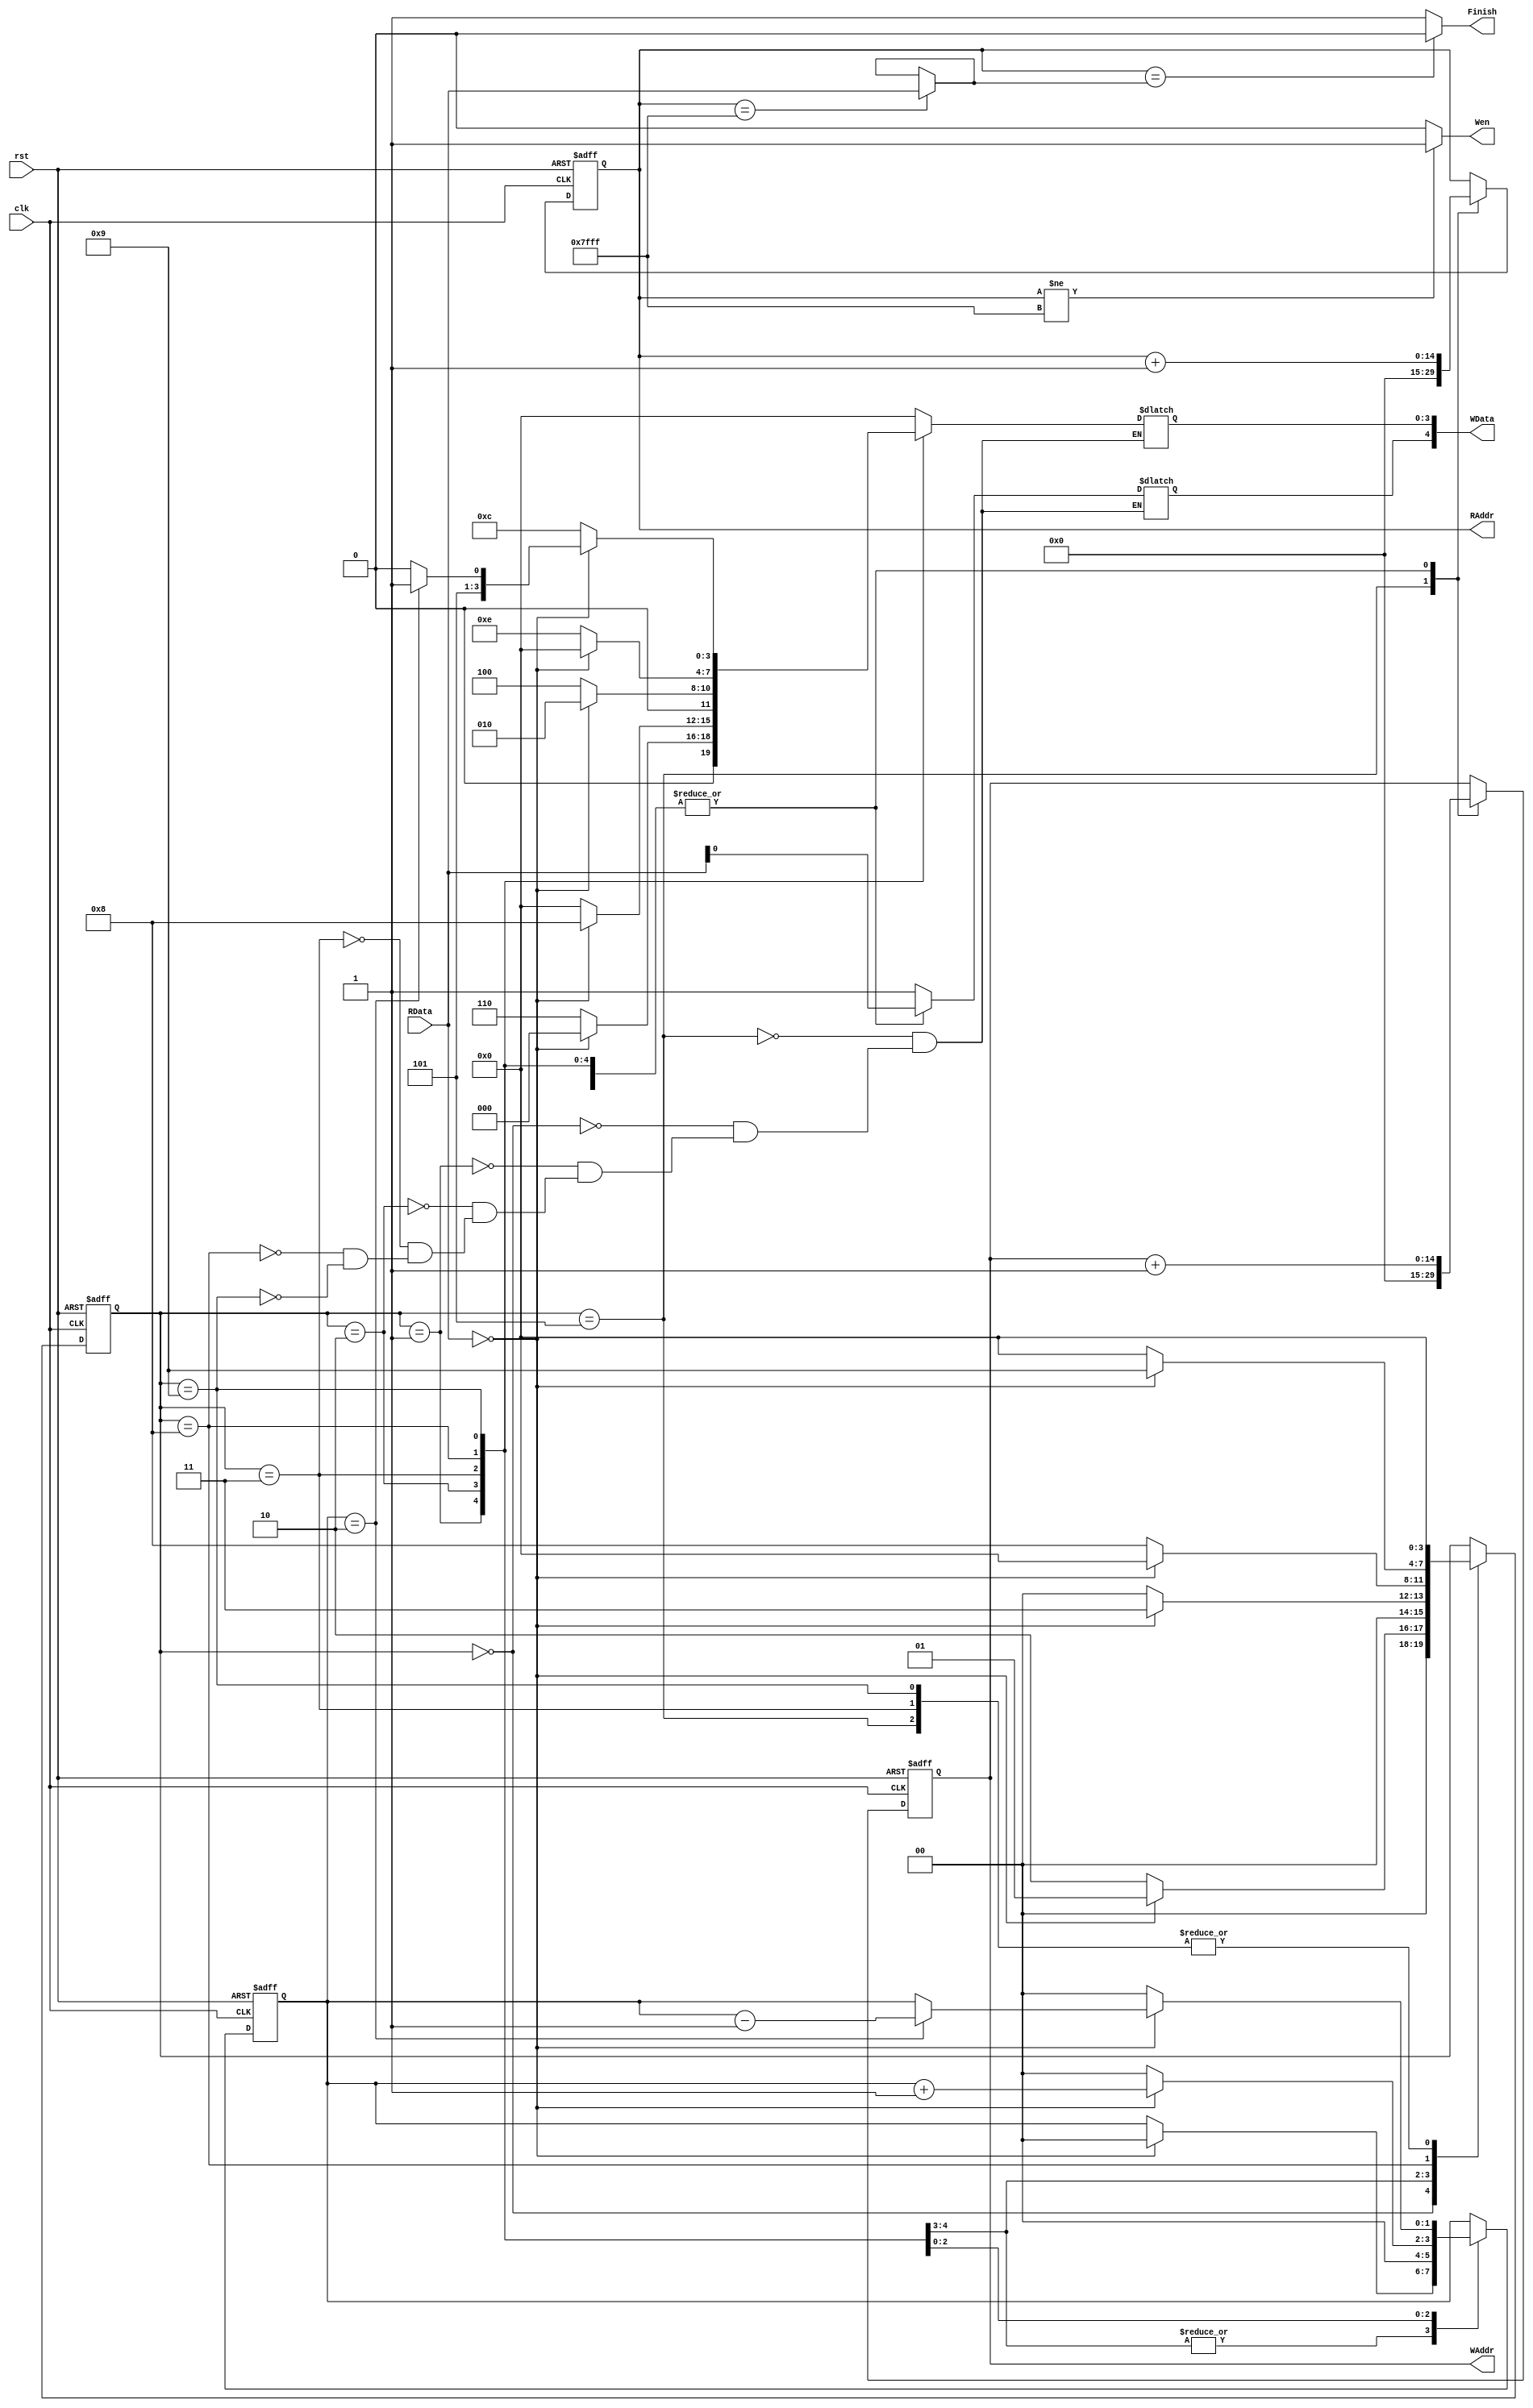
module ECE(clk , rst , RData , RAddr , WAddr , WData , Wen , Finish);
    input clk , rst;
    input [14 : 0] RData;
    output reg [14 : 0] RAddr , WAddr;
    output reg [4 : 0] WData;
    output Wen , Finish;
	reg [14:0]next_RAddr,next_WAddr;
	//reg [4:0]next_WData;
	reg [3:0]state,next_state;
	reg [1:0]count,next_count;
	wire [14:0]size;

	always@(posedge rst or posedge clk)begin
		 if(rst==1'b1)begin
			RAddr <= 15'd32767;
			WAddr <= 15'd32767;
			//WData <= 5'b10000;
			state <= 4'd5;
			count <= 2'b0;
		end
		else begin
			RAddr <= next_RAddr;
			WAddr <= next_WAddr;
			//WData <= next_WData;
			state <= next_state;
			count <= next_count;
		end
	end
	always @(*)begin
		next_RAddr = RAddr;
		next_WAddr = WAddr;
		//next_WData = WData;
		next_state = state;
		next_count = count;
		case(state)
			4'd5:begin
				WData = 15'b10000;
				next_state = 4'd0;
				next_RAddr = 15'b0;
				next_WAddr = 15'b0;
				next_count = count;
			end
			4'd0:begin
				WData[4] = RData;
				WData[3:0] = 4'b0;
				next_state=(RData==15'd0)?4'd1:4'd2;
				next_RAddr = RAddr+1'b1;
				next_WAddr = WAddr+1'b1;
				next_count = count;
			end
			4'd1:begin
				WData[4] = RData;
				WData[3:0] =(RData==15'd0)? 4'b0:4'b0110;
				next_state=(RData==15'd0)?4'd3:4'd0;
				next_RAddr = RAddr+1'b1;
				next_WAddr = WAddr+1'b1;
				next_count = (RData==15'd0)?2'b0:count;
			end
			4'd2:begin
				WData[4] = RData;
				WData[3:0] =(RData==15'd0)? 4'b1000:4'b0;
				next_state=(RData==15'd0)?4'd0:4'd8;
				next_RAddr = RAddr+1'b1;
				next_WAddr = WAddr+1'b1;
				next_count =(RData==15'd0)? 2'b0:count;
			end	
			4'd3:begin
				WData[4] = RData;
				WData[3:0] = (RData==15'd0)?4'b0010:4'b0100;
				next_state=4'd0;
				next_RAddr = RAddr+1'b1;
				next_WAddr = WAddr+1'b1;
				next_count = 2'b0;
			end
			4'd8:begin
				WData[4] = RData;
				WData[3:0] = (RData==15'd0)?4'b0:4'b1110;
				next_state=(RData==15'd0)?4'd9:4'd0;
				next_RAddr = RAddr+1'b1;
				next_WAddr = WAddr+1'b1;
				next_count =(RData==15'd0)? count+2'b1:2'b0;
			end
			4'd9:begin
				WData[4] = RData;
				if(RData==15'd0)begin
					if(count==2'd2)begin
						next_count = count-2'b1;
					end
					else begin
						next_count = count;
					end
				end
				else begin
					next_count = 2'b0;
				end
				//next_count = (RData==15'd0)?count-1'b1:2'b0;
				if(RData==15'd0)begin
					if(count==2'd2)begin
						WData[3:0] = 4'b1011;
					end
					else begin
						WData[3:0] = 4'b1010;
					end
				end
				else begin
					WData[3:0] = 4'b1100;
				end	
				next_state=4'd0;
				next_RAddr = RAddr+1'b1;
				next_WAddr = WAddr+1'b1;
			end
			endcase
	end
	assign Wen=(RAddr!=15'd32767)?1'b1:1'b0;
	assign Finish=(RAddr==size)?1'b0:1'b1;
	assign size=(RAddr==15'd32767)?RData:size;

endmodule